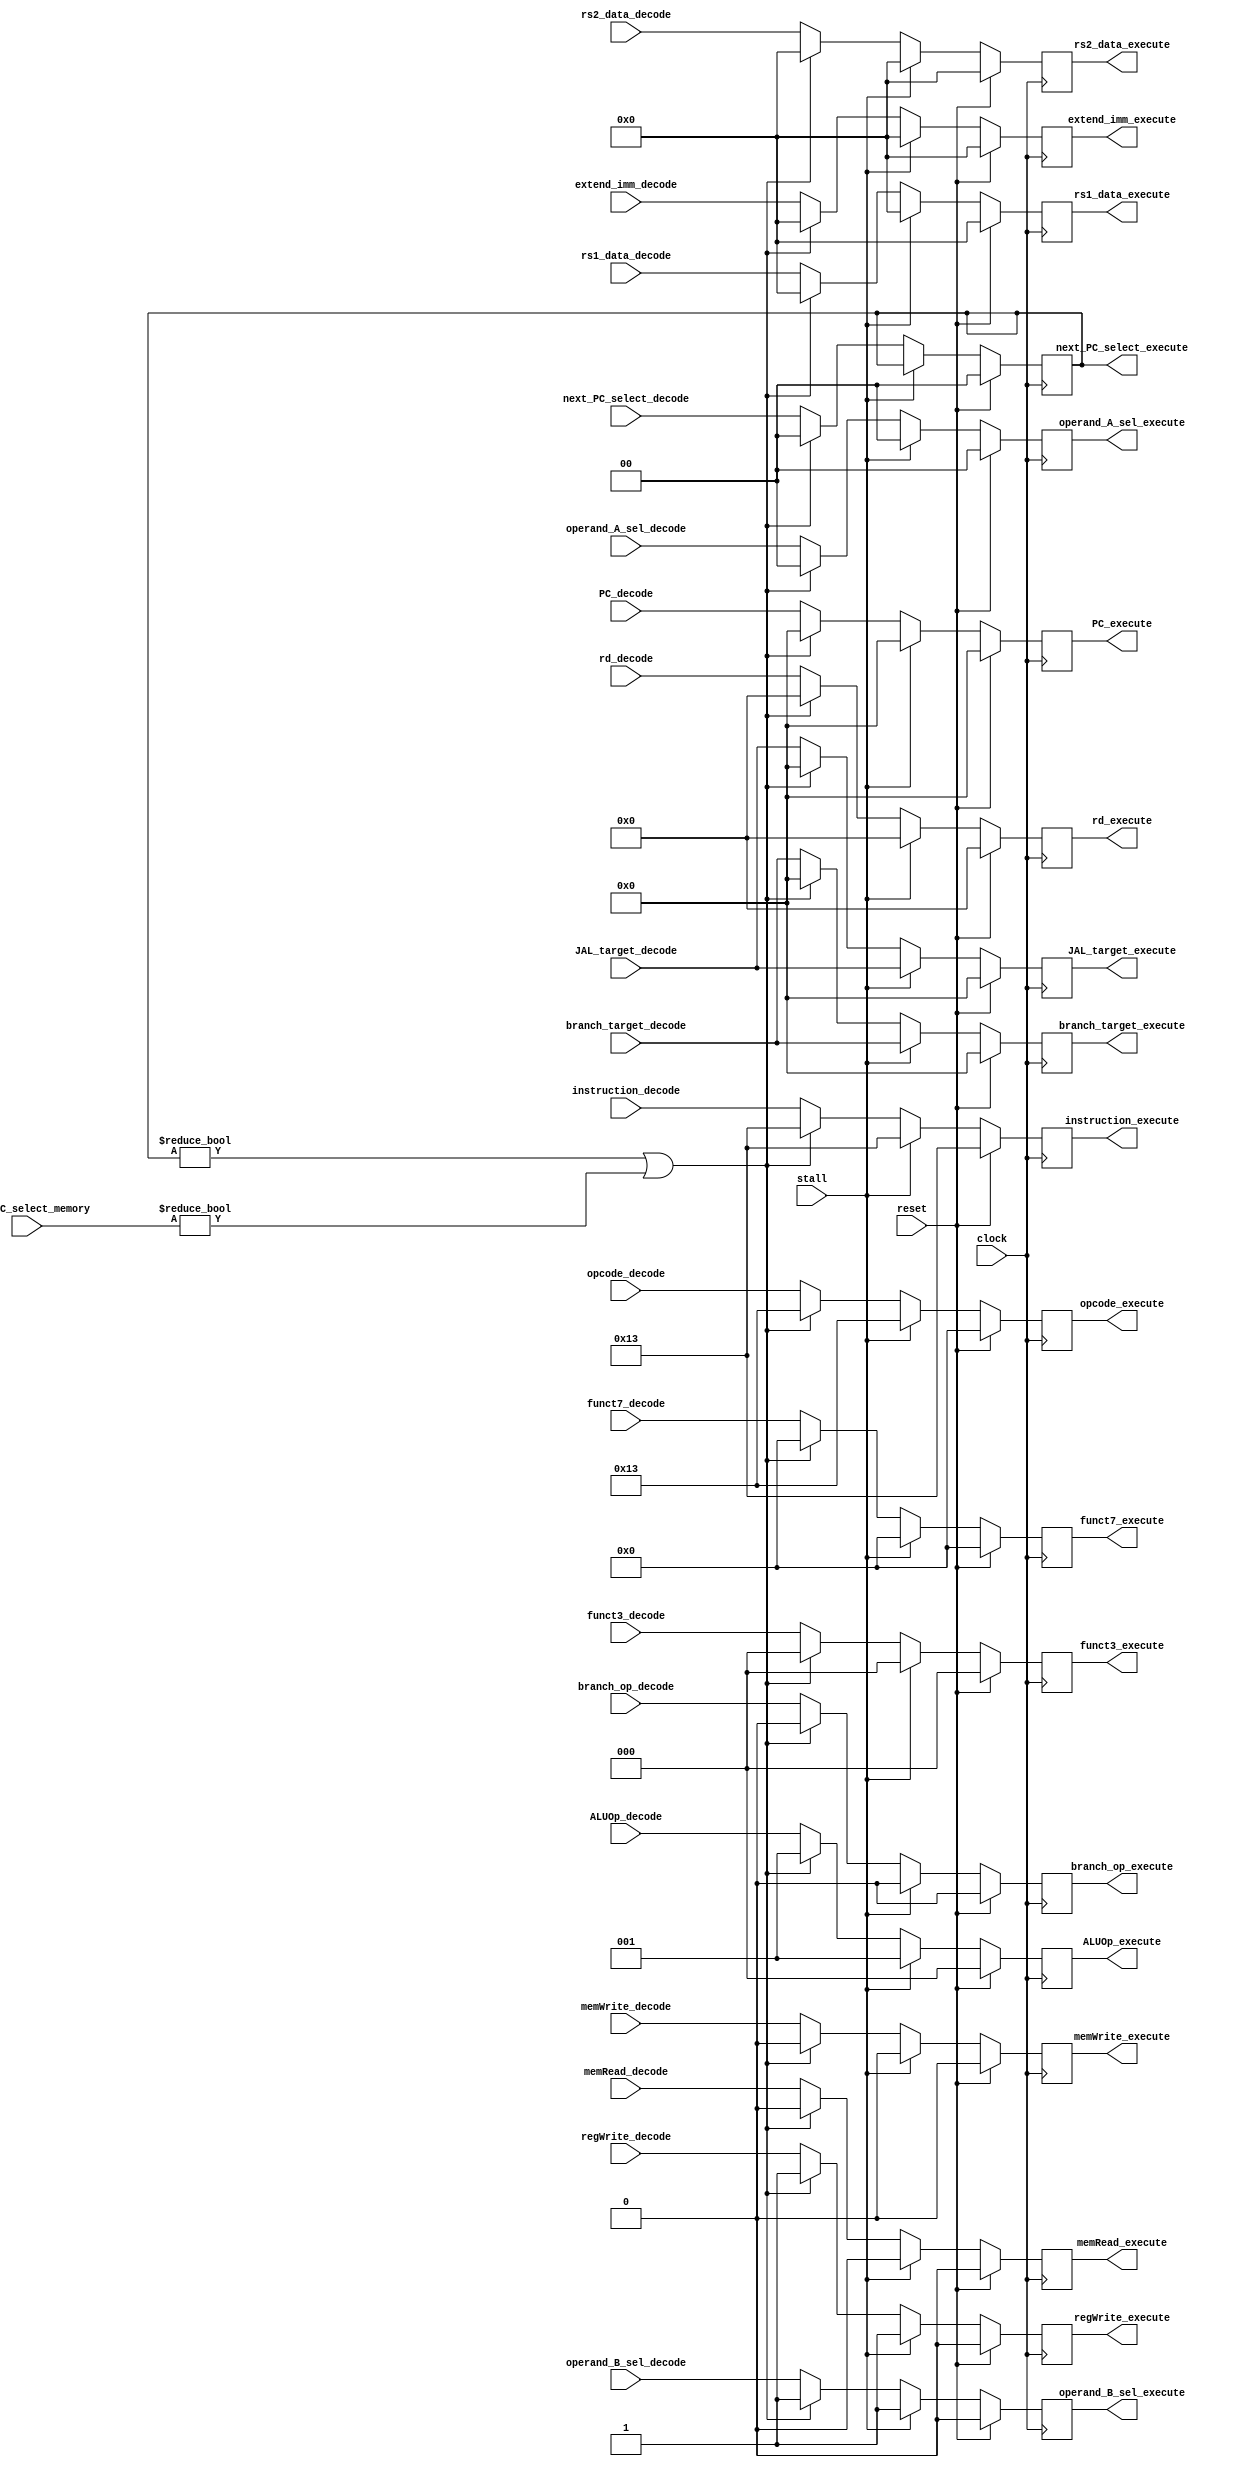
/** @module : decode_pipe_unit
 *  @author : Adaptive & Secure Computing Systems (ASCS) Laboratory
 
 *  Copyright (c) 2018 BRISC-V (ASCS/ECE/BU)
 *  Permission is hereby granted, free of charge, to any person obtaining a copy
 *  of this software and associated documentation files (the "Software"), to deal
 *  in the Software without restriction, including without limitation the rights
 *  to use, copy, modify, merge, publish, distribute, sublicense, and/or sell
 *  copies of the Software, and to permit persons to whom the Software is
 *  furnished to do so, subject to the following conditions:
 *  The above copyright notice and this permission notice shall be included in
 *  all copies or substantial portions of the Software.

 *  THE SOFTWARE IS PROVIDED "AS IS", WITHOUT WARRANTY OF ANY KIND, EXPRESS OR
 *  IMPLIED, INCLUDING BUT NOT LIMITED TO THE WARRANTIES OF MERCHANTABILITY,
 *  FITNESS FOR A PARTICULAR PURPOSE AND NONINFRINGEMENT. IN NO EVENT SHALL THE
 *  AUTHORS OR COPYRIGHT HOLDERS BE LIABLE FOR ANY CLAIM, DAMAGES OR OTHER
 *  LIABILITY, WHETHER IN AN ACTION OF CONTRACT, TORT OR OTHERWISE, ARISING FROM,
 *  OUT OF OR IN CONNECTION WITH THE SOFTWARE OR THE USE OR OTHER DEALINGS IN
 *  THE SOFTWARE.
 */
//////////////////////////////////////////////////////////////////////////////////

module decode_pipe_unit #(parameter  DATA_WIDTH = 32,
                            ADDRESS_BITS = 20)(
    input clock, reset, stall,
    input [DATA_WIDTH-1:0] rs1_data_decode,
    input [DATA_WIDTH-1:0] rs2_data_decode,
    input [6:0] funct7_decode,
    input [2:0] funct3_decode,
    input [4:0] rd_decode,
    input [6:0] opcode_decode,
    input [DATA_WIDTH-1:0] extend_imm_decode,
    input [ADDRESS_BITS-1:0] branch_target_decode,
    input [ADDRESS_BITS-1:0] JAL_target_decode,
    input [ADDRESS_BITS-1:0] PC_decode,
    input branch_op_decode,
    input memRead_decode,
    input [2:0] ALUOp_decode,
    input memWrite_decode,
    input [1:0] next_PC_select_decode,
    input [1:0] next_PC_select_memory,
    input [1:0] operand_A_sel_decode,
    input operand_B_sel_decode,
    input regWrite_decode,
    input [DATA_WIDTH-1:0] instruction_decode,

    output [DATA_WIDTH-1:0] rs1_data_execute,
    output [DATA_WIDTH-1:0] rs2_data_execute,
    output [6:0] funct7_execute,
    output [2:0] funct3_execute,
    output [4:0] rd_execute,
    output [6:0] opcode_execute,
    output [DATA_WIDTH-1:0] extend_imm_execute,
    output [ADDRESS_BITS-1:0] branch_target_execute,
    output [ADDRESS_BITS-1:0] JAL_target_execute,
    output [ADDRESS_BITS-1:0] PC_execute,
    output branch_op_execute,
    output memRead_execute,
    output [2:0] ALUOp_execute,
    output memWrite_execute,
    output [1:0] next_PC_select_execute,
    output [1:0] operand_A_sel_execute,
    output operand_B_sel_execute,
    output regWrite_execute,
    output [DATA_WIDTH-1:0] instruction_execute
);

localparam NOP = 32'h00000013;

reg [DATA_WIDTH-1:0] rs1_data_decode_to_execute;
reg [DATA_WIDTH-1:0] rs2_data_decode_to_execute;
reg [6:0] funct7_decode_to_execute;
reg [2:0] funct3_decode_to_execute;
reg [4:0] rd_decode_to_execute;
reg [6:0] opcode_decode_to_execute;
reg [DATA_WIDTH-1:0] extend_imm_decode_to_execute;
reg [ADDRESS_BITS-1:0] branch_target_decode_to_execute;
reg [ADDRESS_BITS-1:0] JAL_target_decode_to_execute;
reg [ADDRESS_BITS-1:0] PC_decode_to_execute;
reg branch_op_decode_to_execute;
reg memRead_decode_to_execute;
reg [2:0] ALUOp_decode_to_execute;
reg memWrite_decode_to_execute;
reg [1:0] next_PC_select_decode_to_execute;
reg [1:0] operand_A_sel_decode_to_execute;
reg operand_B_sel_decode_to_execute;
reg regWrite_decode_to_execute;
reg [DATA_WIDTH-1:0] instruction_decode_to_execute;


assign  rs1_data_execute       = rs1_data_decode_to_execute;
assign  rs2_data_execute       = rs2_data_decode_to_execute;
assign  funct7_execute         = funct7_decode_to_execute;
assign  funct3_execute         = funct3_decode_to_execute;
assign  rd_execute             = rd_decode_to_execute;
assign  opcode_execute         = opcode_decode_to_execute;
assign  extend_imm_execute     = extend_imm_decode_to_execute;
assign  branch_target_execute  = branch_target_decode_to_execute;
assign  JAL_target_execute     = JAL_target_decode_to_execute;
assign  PC_execute             = PC_decode_to_execute;
assign  branch_op_execute      = branch_op_decode_to_execute;
assign  memRead_execute        = memRead_decode_to_execute;
assign  ALUOp_execute          = ALUOp_decode_to_execute;
assign  memWrite_execute       = memWrite_decode_to_execute;
assign  next_PC_select_execute = next_PC_select_decode_to_execute;
assign  operand_A_sel_execute  = operand_A_sel_decode_to_execute;
assign  operand_B_sel_execute  = operand_B_sel_decode_to_execute;
assign  regWrite_execute       = regWrite_decode_to_execute;
assign  instruction_execute    = instruction_decode_to_execute;

always @(posedge clock) begin
    if(reset) begin
        rs1_data_decode_to_execute       <= {DATA_WIDTH{1'b0}};
        rs2_data_decode_to_execute       <= {DATA_WIDTH{1'b0}};
        funct7_decode_to_execute         <= 7'b0;
        funct3_decode_to_execute         <= 3'b0;
        rd_decode_to_execute             <= 5'b0;
        opcode_decode_to_execute         <= 7'b0;
        extend_imm_decode_to_execute     <= {DATA_WIDTH{1'b0}};
        branch_target_decode_to_execute  <= {ADDRESS_BITS{1'b0}};
        JAL_target_decode_to_execute     <= {ADDRESS_BITS{1'b0}};
        PC_decode_to_execute             <= {ADDRESS_BITS{1'b0}};
        branch_op_decode_to_execute      <= 1'b0;
        memRead_decode_to_execute        <= 1'b0;
        ALUOp_decode_to_execute          <= 3'b0;
        memWrite_decode_to_execute       <= 1'b0;
        next_PC_select_decode_to_execute <= 2'b0;
        operand_A_sel_decode_to_execute  <= 2'b0;
        operand_B_sel_decode_to_execute  <= 1'b0;
        regWrite_decode_to_execute       <= 1'b0;
        instruction_decode_to_execute    <= NOP;
    end
    else if(stall) begin
         // Send ADDI zero zero 0
         rs1_data_decode_to_execute       <= 5'd0;
         rs2_data_decode_to_execute       <= 5'd0;
         funct7_decode_to_execute         <= 7'd0;
         funct3_decode_to_execute         <= 3'd0;
         rd_decode_to_execute             <= 5'd0;
         opcode_decode_to_execute         <= 7'h13; // ADDi
         branch_target_decode_to_execute  <= branch_target_decode; // pass through target, held by holding inst_PC
         JAL_target_decode_to_execute     <= JAL_target_decode;    // pass through target, held by holding inst_PC
         branch_op_decode_to_execute      <= 1'b0;
         memRead_decode_to_execute        <= 1'b0;
         ALUOp_decode_to_execute          <= 3'd1; // I type
         memWrite_decode_to_execute       <= 1'b0;
         next_PC_select_decode_to_execute <= next_PC_select_execute; // hold PC select
         operand_A_sel_decode_to_execute  <= 2'd0;
         operand_B_sel_decode_to_execute  <= 1'b1; // 1 for I type
         regWrite_decode_to_execute       <= 1'b1; // Decoded as 1, regfile prevents actual write
         extend_imm_decode_to_execute     <= {DATA_WIDTH{1'b0}};
         PC_decode_to_execute             <= {ADDRESS_BITS{1'b0}}; // should be held constant in fetch
         instruction_decode_to_execute    <= NOP;
    end
    else if( (next_PC_select_execute != 2'b00) || (next_PC_select_memory != 2'b00) ) begin
         // Send ADDI zero zero 0
         rs1_data_decode_to_execute       <= 5'd0;
         rs2_data_decode_to_execute       <= 5'd0;
         funct7_decode_to_execute         <= 7'd0;
         funct3_decode_to_execute         <= 3'd0;
         rd_decode_to_execute             <= 5'd0;
         opcode_decode_to_execute         <= 7'h13; // ADDi
         branch_target_decode_to_execute  <= {ADDRESS_BITS{1'b0}};
         JAL_target_decode_to_execute     <= {ADDRESS_BITS{1'b0}};
         branch_op_decode_to_execute      <= 1'b0;
         memRead_decode_to_execute        <= 1'b0;
         ALUOp_decode_to_execute          <= 3'd1; // I type
         memWrite_decode_to_execute       <= 1'b0;
         next_PC_select_decode_to_execute <= 2'd0;
         operand_A_sel_decode_to_execute  <= 2'd0;
         operand_B_sel_decode_to_execute  <= 1'b1; // 1 for I type
         regWrite_decode_to_execute       <= 1'b1; // Decoded as 1, regfile prevents actual write
         extend_imm_decode_to_execute     <= {DATA_WIDTH{1'b0}};
         PC_decode_to_execute             <= {ADDRESS_BITS{1'b0}}; // should be held constant in fetch
         instruction_decode_to_execute    <= NOP;
    end
    else begin
        rs1_data_decode_to_execute       <= rs1_data_decode;
        rs2_data_decode_to_execute       <= rs2_data_decode;
        funct7_decode_to_execute         <= funct7_decode;
        funct3_decode_to_execute         <= funct3_decode;
        rd_decode_to_execute             <= rd_decode;
        opcode_decode_to_execute         <= opcode_decode;
        branch_target_decode_to_execute  <= branch_target_decode;
        JAL_target_decode_to_execute     <= JAL_target_decode;
        branch_op_decode_to_execute      <= branch_op_decode;
        memRead_decode_to_execute        <= memRead_decode;
        ALUOp_decode_to_execute          <= ALUOp_decode;
        memWrite_decode_to_execute       <= memWrite_decode;
        next_PC_select_decode_to_execute <= next_PC_select_decode;
        operand_A_sel_decode_to_execute  <= operand_A_sel_decode;
        operand_B_sel_decode_to_execute  <= operand_B_sel_decode;
        regWrite_decode_to_execute       <= regWrite_decode;
        extend_imm_decode_to_execute     <= extend_imm_decode;
        PC_decode_to_execute             <= PC_decode;
        // For Debugging
        instruction_decode_to_execute    <= instruction_decode;
     end
end
endmodule